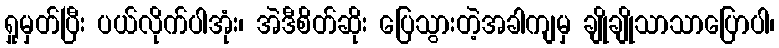
ရှုမှတ်ပြီး ပယ်လိုက်ပါအုံး၊ အဲဒီစိတ်ဆိုး ပြေသွားတဲ့အခါကျမှ ချိုချိုသာသာပြောပါ၊